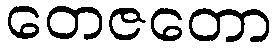
တေဇတော